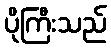
ပိုကြီးသည်